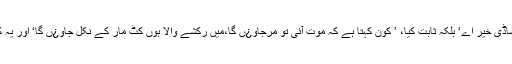
حکومت نے مریم اور بلاول کے اعلان پر یہ نہیں کہا، ’ تُوں لنگ جا ساڈی خیر اے‘ بلکہ ثابت کیا، ’ کون کہتا ہے کہ موت آئی تو مرجاو¿ں گا،میں رکشے والا ہوں کٹ مار کے نکل جاو¿ں گا‘ اور یہ کہ ’ چلتی ہے گاڑی اڑتی ہے دُھول، جلتے ہیں دشمن کھلتے ہیں پھول‘۔